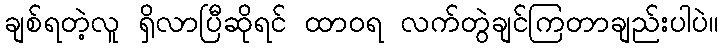
ချစ်ရတဲ့လူ ရှိလာပြီဆိုရင် ထာဝရ လက်တွဲချင်ကြတာချည်းပါပဲ။